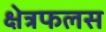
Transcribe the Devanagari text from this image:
क्षेत्रफलस